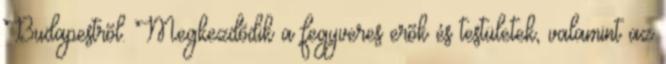
Budapestrõl. Megkezdõdik a fegyveres erõk és testületek, valamint az